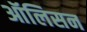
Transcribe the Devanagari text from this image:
ऑलिसन